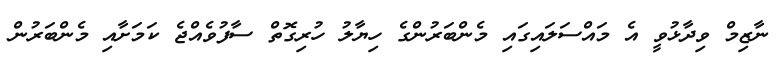
ނާޒިމް ވިދާޅުވީ އެ މައްސަލައިގައި މެންބަރުންގެ ހިޔާލު ހުރިގޮތް ސާފުވެއްޖެ ކަމަށާއި މެންބަރުން